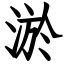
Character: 淤